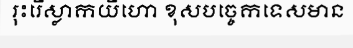
រុះរើស្លាកយីហោ ខុសបច្ចេកទេសមាន